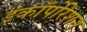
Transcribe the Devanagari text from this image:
इंकॉर्पोरेशन